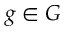
g \in G